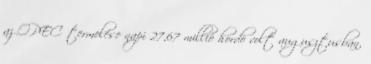
az OPEC termelése napi 27,67 millió hordó volt augusztusban,